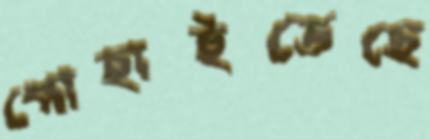
পোহাইতেছে